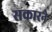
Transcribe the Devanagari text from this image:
सकारने